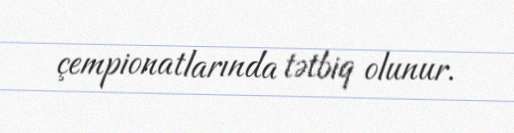
çempionatlarında tətbiq olunur.